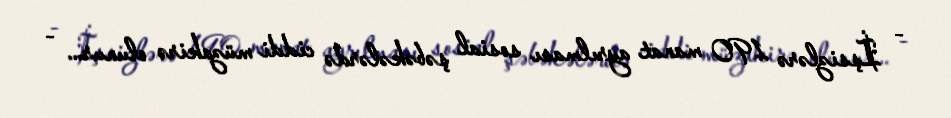
- İşsizlərə 190 manat ayrılması sosial şəbəkələrdə ciddi müzakirə olunur... -